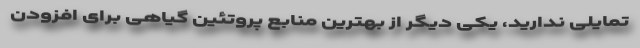
تمایلی ندارید، یکی دیگر از بهترین منابع پروتئین گیاهی برای افزودن